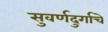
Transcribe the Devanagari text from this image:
सुवर्णदुर्गाचे